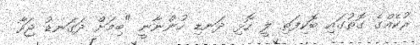
ރުކެއްގެ ގޮތުގައި ބޮކިފަތި ލީ ހޮޅި ދަނޑި ހުންނާނީ "ބިމަށް ދަގަނޑު ޖަހާ